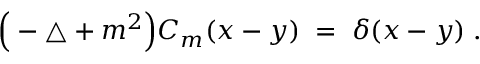
\Big ( - \triangle + m ^ { 2 } \Big ) C _ { m } ( x - y ) \; = \; \delta ( x - y ) \; .